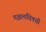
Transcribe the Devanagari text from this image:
गझलविषयी